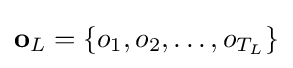
\mathbf {o} _{L}=\{o_{1},o_{2},\dots ,o_{T_{L}}\}